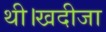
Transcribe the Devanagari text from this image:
थी।खदीजा